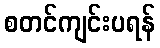
စတင်ကျင်းပရန်